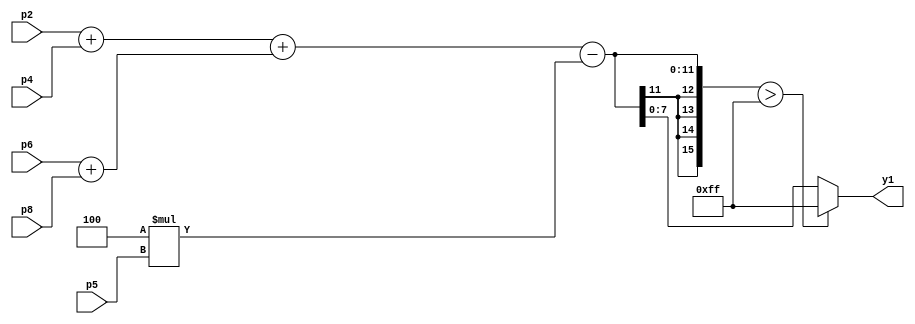
// AMSG for Laplacian #1 kernel

module AMSG_laplacian_1(
  input [7:0] p2, p4, p5, p6, p8,
  output reg [7:0] y1
    );
    wire [15:0] ys1;
    wire [8:0] n1, n2, n3;
    wire [15:0] m1;
    
    assign n1 = p2 + p4;
    assign n2 = p6 + p8;
    assign n3 = n1 + n2;
	assign m1 = 4 * p5;
    assign ys1 = n3 - m1;
    always@(ys1)
    begin
    if(ys1 > 255)
      y1 <= 255;
    else
      y1 <= ys1;
    end
endmodule